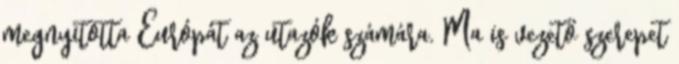
megnyitotta Európát az utazók számára. Ma is vezető szerepet